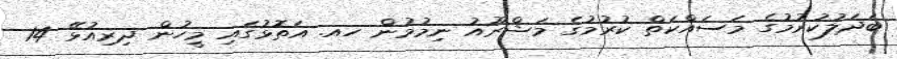
ބަދަލުކުރުމުގެ މަސައްކަތް ކުރުމުގެ މަޝްރޫއު ނިމުމުން ހއ. އަތޮޅުގައި މީހުން ދިރިއުޅޭ 14